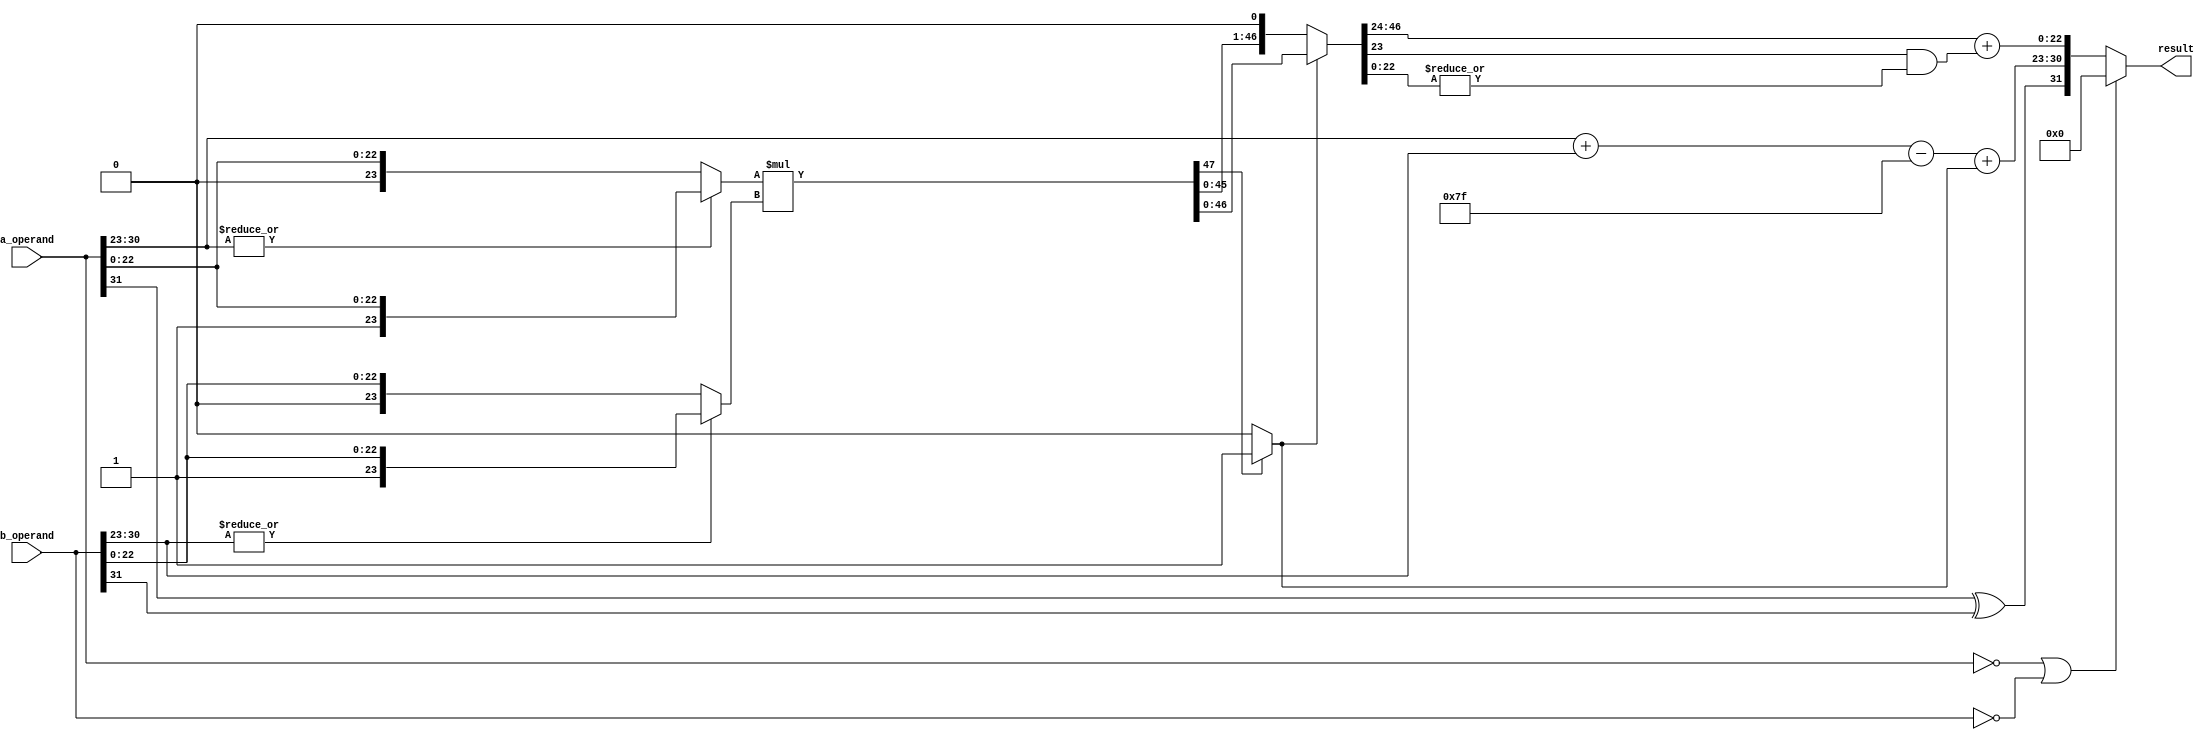
`timescale 1ns / 1ps
module flmult(
		input [31:0] a_operand,
		input [31:0] b_operand,
		output [31:0] result
		);

wire sign,product_round,normalised,zero;
wire [8:0] exponent,sum_exponent;
wire [22:0] product_mantissa;
wire [23:0] mantissa_a,mantissa_b;
wire [47:0] product,product_normalised; //48 Bits

//Sign Flag Calculation
assign sign = a_operand[31] ^ b_operand[31];

//operands are mantissa of inputs
assign mantissa_a = (|a_operand[30:23]) ? {1'b1,a_operand[22:0]} : {1'b0,a_operand[22:0]};
assign mantissa_b = (|b_operand[30:23]) ? {1'b1,b_operand[22:0]} : {1'b0,b_operand[22:0]};

//Manitssa Calculation
assign product = mantissa_a * mantissa_b;			//Calculating Product
assign product_round = |product_normalised[22:0];  //Ending 22 bits are OR'ed for rounding operation.
assign normalised = product[47] ? 1'b1 : 1'b0;	
assign product_normalised = normalised ? product : product << 1;	//Assigning Normalised value based on 48th bit
assign product_mantissa = product_normalised[46:24] + (product_normalised[23] & product_round); 

//Exponent Calculation
assign sum_exponent = a_operand[30:23] + b_operand[30:23];
assign exponent = sum_exponent - 8'd127 + normalised;

//Final Result
assign result = (!a_operand||!b_operand)?32'h00000000:{sign,exponent[7:0],product_mantissa};


endmodule